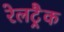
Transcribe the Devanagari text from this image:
रेलट्रैक